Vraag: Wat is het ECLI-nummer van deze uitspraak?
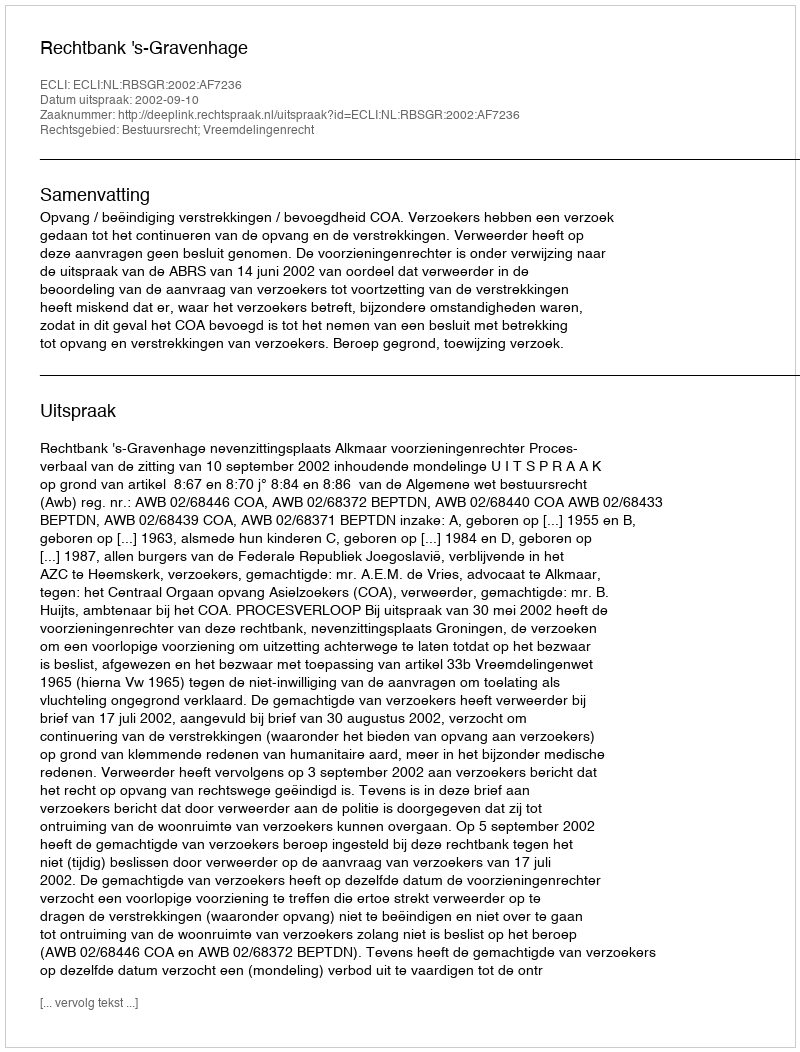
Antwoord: ECLI:NL:RBSGR:2002:AF7236